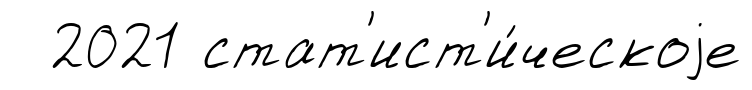
2021 стат'ист'и́ческоjе